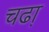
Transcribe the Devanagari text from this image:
चढा़